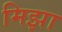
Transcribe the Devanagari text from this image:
मिझा